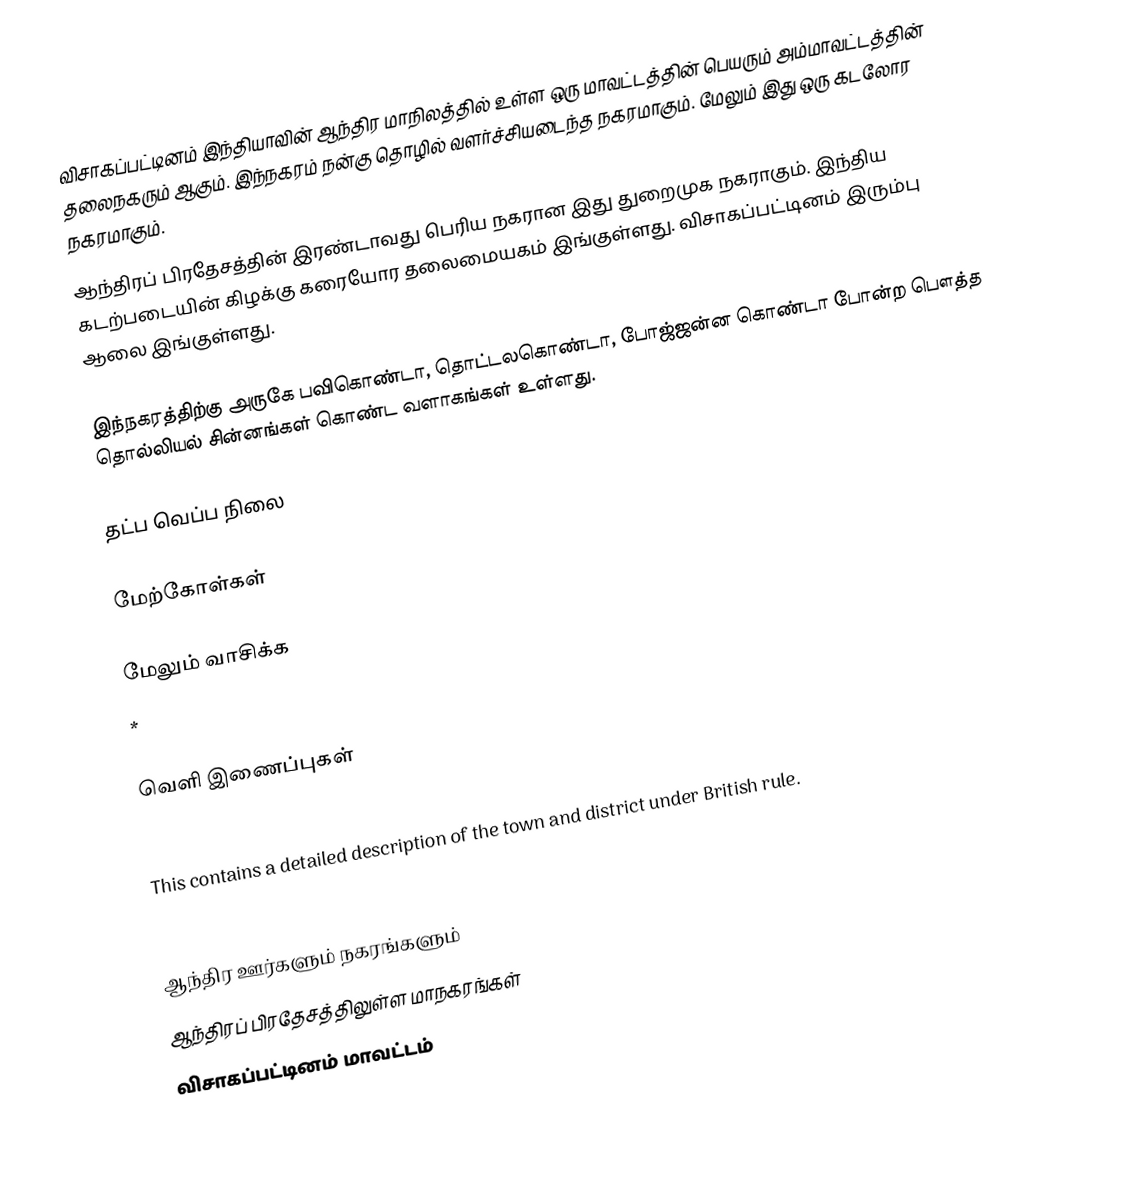
விசாகப்பட்டினம் இந்தியாவின் ஆந்திர மாநிலத்தில் உள்ள ஒரு மாவட்டத்தின் பெயரும் அம்மாவட்டத்தின் தலைநகரும் ஆகும். இந்நகரம் நன்கு தொழில் வளர்ச்சியடைந்த நகரமாகும். மேலும் இது ஒரு கடலோர நகரமாகும்.
ஆந்திரப் பிரதேசத்தின் இரண்டாவது பெரிய நகரான இது துறைமுக நகராகும். இந்திய கடற்படையின் கிழக்கு கரையோர தலைமையகம் இங்குள்ளது. விசாகப்பட்டினம் இரும்பு ஆலை இங்குள்ளது.

இந்நகரத்திற்கு அருகே பவிகொண்டா, தொட்டலகொண்டா, போஜ்ஜன்ன கொண்டா போன்ற பௌத்த தொல்லியல் சின்னங்கள் கொண்ட வளாகங்கள் உள்ளது.

தட்ப வெப்ப நிலை

மேற்கோள்கள்

மேலும் வாசிக்க
 *

வெளி இணைப்புகள்

  This contains a detailed description of the town and district under British rule.
 Official website of Visakhapatnam Urban Development Authority

ஆந்திர ஊர்களும் நகரங்களும்
ஆந்திரப் பிரதேசத்திலுள்ள மாநகரங்கள்
விசாகப்பட்டினம் மாவட்டம்